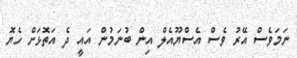
ނަމަވެސް އޭރު ވެސް އެސްޔޫއެލް އިން ބުނަމުން އައީ ދެ އަތޮޅަށް ހެޔޮ